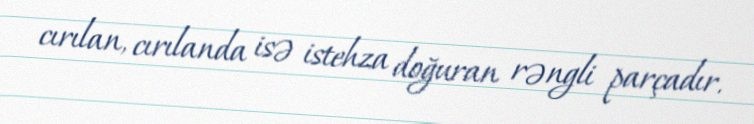
cırılan, cırılanda isə istehza doğuran rəngli parçadır.